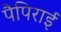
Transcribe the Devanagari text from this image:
पैपिराई